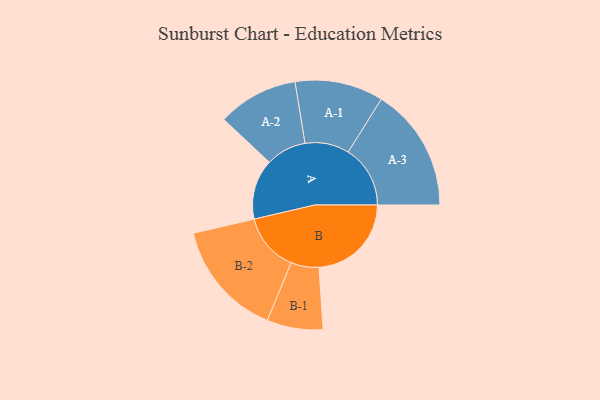
{"axis": {"x": "Segment", "y": "Value"}, "legend": ["", "A", "B"], "data": [{"x": "A", "y": 260, "type": ""}, {"x": "B", "y": 399, "type": ""}, {"x": "A-1", "y": 191, "type": "A"}, {"x": "A-2", "y": 174, "type": "A"}, {"x": "A-3", "y": 268, "type": "A"}, {"x": "B-1", "y": 121, "type": "B"}, {"x": "B-2", "y": 252, "type": "B"}]}